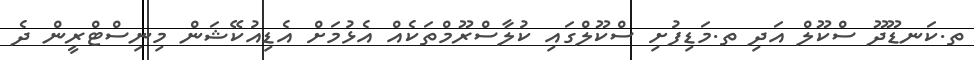
ތ.ކަނޑޫދޫ ސްކޫލް އަދި ތ.މަޑިފުށި ސްކޫލްގައި ކުލާސްރޫމްތަކެއް އެޅުމަށް އެޑިއުކޭޝަން މިނިސްޓްރީން ދެ